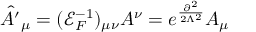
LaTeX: { \hat { A ^ { \prime } } } _ { \mu } = ( { \mathcal { E } } _ { F } ^ { - 1 } ) _ { \mu \nu } A ^ { \nu } = e ^ { \frac { \partial ^ { 2 } } { 2 \Lambda ^ { 2 } } } A _ { \mu }